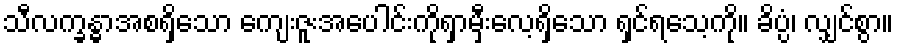
သီလက္ခန္ဓာအစရှိသော ကျေးဇူးအပေါင်းကိုရှာမှီးလေ့ရှိသော ရှင်ရသေ့ကို။ ခိပ္ပံ၊ လျှင်စွာ။